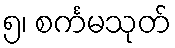
၅၊ စင်္ကမသုတ်